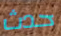
حدث